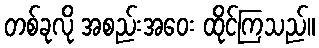
တစ်ခုလို အစည်းအဝေး ထိုင်ကြသည်။